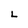
Character: L